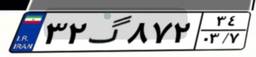
۳۲گ۸۷۲۳۴